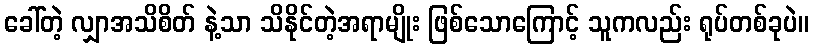
ခေါ်တဲ့ လျှာအသိစိတ် နဲ့သာ သိနိုင်တဲ့အရာမျိုး ဖြစ်သောကြောင့် သူကလည်း ရုပ်တစ်ခုပဲ။